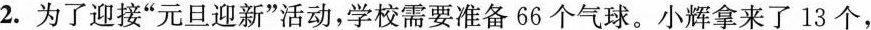
2.为了迎接”元旦迎新”活动，学校需要准备66个气球。小辉拿来了13个，